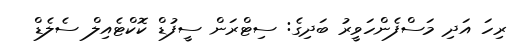
ރިހަ އަދި މަސްފެންހަވީރު ބަދިގެ: ސިޓްރަން ސީފުޑް ކޮކްޓެއިލް ސެލެޑް